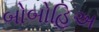
બોબોહિઅ